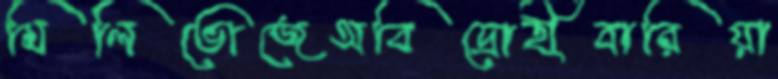
মিলিভোজেঅবিদ্রোহীবারিয়া